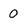
Character: o